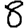
Digit: 8